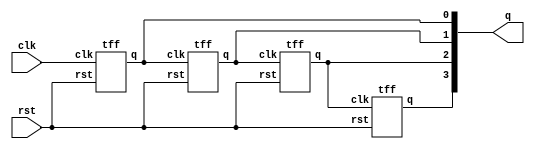
module ripplecounter(clk,rst,q); //Ripple counter using T flipflop
  input clk,rst;
  output [3:0]q;
  tff tf1(q[0],clk,rst);
  tff tf2(q[1],q[0],rst);
  tff tf3(q[2],q[1],rst);
  tff tf4(q[3],q[2],rst);
endmodule
module tff(q,clk,rst); //T flipflop using D-flipflop always in toggling mode
  input clk,rst;
  output q;
  wire d;
  dff df1(q,d,clk,rst);
  not n1(d,q);
endmodule
module dff(q,d,clk,rst); //D-flipflop
  input d,clk,rst;
  output q;
  reg q;
  always @(negedge clk or posedge rst)
   begin
    if(rst) q=1'b0;
    else q=d;
   end
endmodule